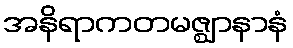
အနိရာကတမဇ္ဈာနာနံ